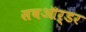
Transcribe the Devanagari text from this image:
सबऑर्डर